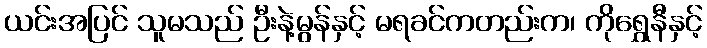
ယင်းအပြင် သူမသည် ဦးနဲ့မွန်နှင့် မရခင်ကတည်းက၊ ကိုရွှေနီနှင့်